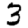
Digit: 3